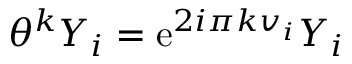
\theta ^ { k } Y _ { i } = \mathrm { e } ^ { 2 i \pi k v _ { i } } Y _ { i }